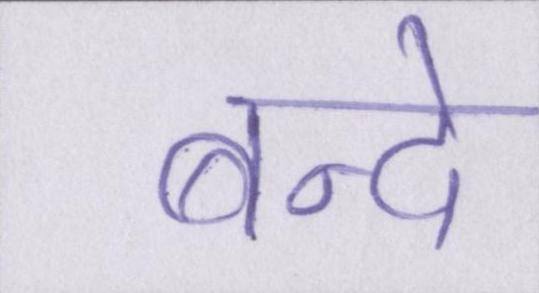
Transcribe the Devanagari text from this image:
बन्दे